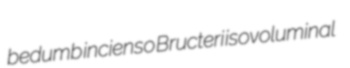
bedumb incienso Bructeri isovoluminal